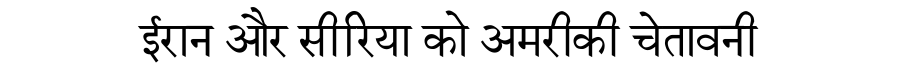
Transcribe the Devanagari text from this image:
ईरान और सीरिया को अमरीकी चेतावनी